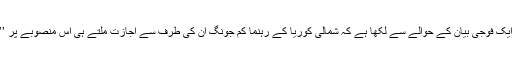
شمالی کوریا کی نیوز ایجنسی KCNA نے ایک فوجی بیان کے حوالے سے لکھا ہے کہ شمالی کوریا کے رہنما کِم جونگ اُن کی طرف سے اجازت ملتے ہی اس منصوبے پر ’’کسی بھی لمحے‘‘ عملدرآمد کیا جا سکتا ہے۔